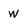
Character: w